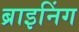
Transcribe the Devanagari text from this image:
ब्राइनिंग